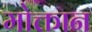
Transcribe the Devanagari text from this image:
मोक्तान